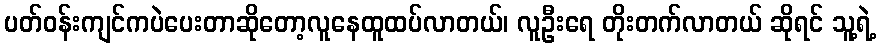
ပတ်ဝန်းကျင်ကပဲပေးတာဆိုတော့လူနေထူထပ်လာတယ်၊ လူဦးရေ တိုးတက်လာတယ် ဆိုရင် သူ့ရဲ့